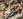
ليس